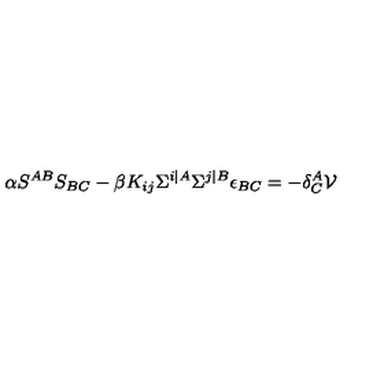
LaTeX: \alpha S ^ { A B } S _ { B C } - \beta K _ { i j } \Sigma ^ { i \vert A } \Sigma ^ { j \vert B } \epsilon _ { B C } = - \delta _ { C } ^ { A } \mathcal { V }